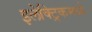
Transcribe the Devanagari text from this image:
इलेक्ट्रिकमध्ये